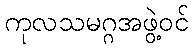
ကုလသမဂ္ဂအဖွဲ့ဝင်